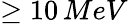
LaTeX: \geq{}10\, MeV